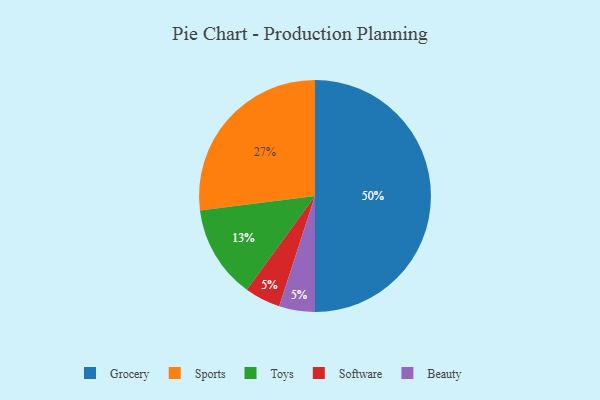
{"axis": {"x": "Category", "y": "Percentage"}, "legend": ["Beauty", "Grocery", "Software", "Sports", "Toys"], "data": [{"x": "Software", "y": 5, "type": "Software"}, {"x": "Sports", "y": 27, "type": "Sports"}, {"x": "Beauty", "y": 5, "type": "Beauty"}, {"x": "Grocery", "y": 50, "type": "Grocery"}, {"x": "Toys", "y": 13, "type": "Toys"}]}